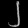
Digit: ၂